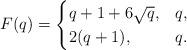
LaTeX: \begin{align*} F(q) = \begin{cases}q+1+6\sqrt{q}, & q , \\2(q+1), & q .\end{cases}\end{align*}